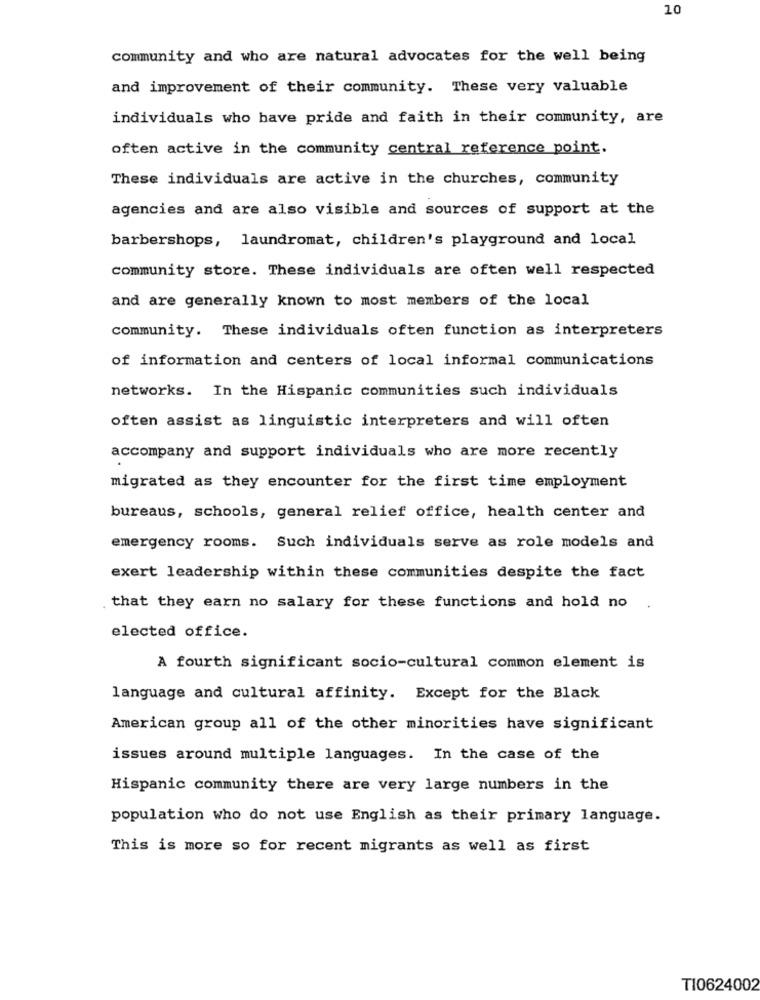
10
community and who are natural advocates for the well being
and improvement of their community. These very valuable
individuals who have pride and faith in their community, are
often active in the community central reference point.
These individuals are active in the churches, community
agencies and are also visible and sources of support at the
barbershops, laundromat, children's playground and local
community store. These individuals are often well respected
and are generally known to most members of the local
community. These individuals often function as interpreters
of information and centers of local informal communications
networks. In the Hispanic communities such individuals
often assist as linguistic interpreters and will often
accompany and support individuals who are more recently
migrated as they encounter for the first time employment
bureaus, schools, general relief office, health center and
emergency rooms. Such individuals serve as role models and
exert leadership within these communities despite the fact
that they earn no salary for these functions and hold no
elected office.
A fourth significant socio-cultural common element is
language and cultural affinity. Except for the Black
American group all of the other minorities have significant
issues around multiple languages. In the case of the
Hispanic community there are very large numbers in the
population who do not use English as their primary language.
This is more so for recent migrants as well as first
TI0624002